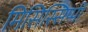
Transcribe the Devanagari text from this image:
मिसिस्सिप्पी